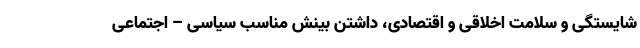
شایستگی و سلامت اخلاقی و اقتصادی، داشتن بینش مناسب سیاسی – اجتماعی